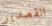
القصدير